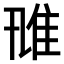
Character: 𨾑